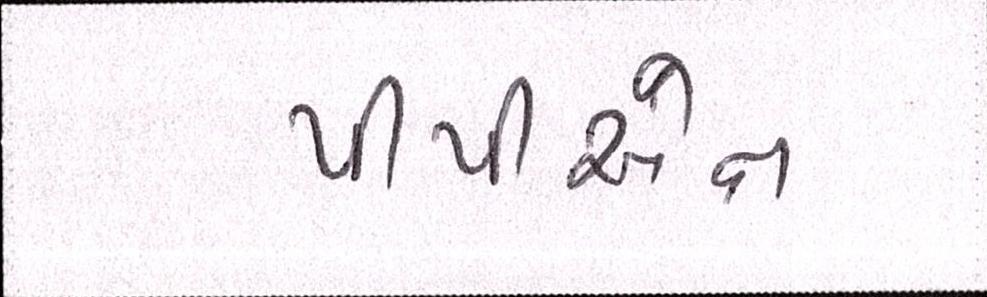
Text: પીપીએન